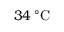
3 4 \, ^ { \circ } \mathrm { C }